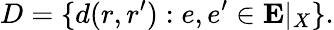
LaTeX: D=\{ d(r,r^{\prime}):e,e^{\prime}\in\textbf{E}|_{X}\} .